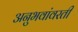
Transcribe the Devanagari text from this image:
अनुभवांवरती